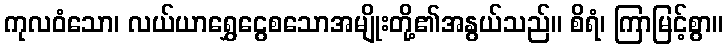
ကုလဝံသော၊ လယ်ယာရွှေငွေစသောအမျိုးတို့၏အနွယ်သည်။ စိရံ၊ ကြာမြင့်စွာ။